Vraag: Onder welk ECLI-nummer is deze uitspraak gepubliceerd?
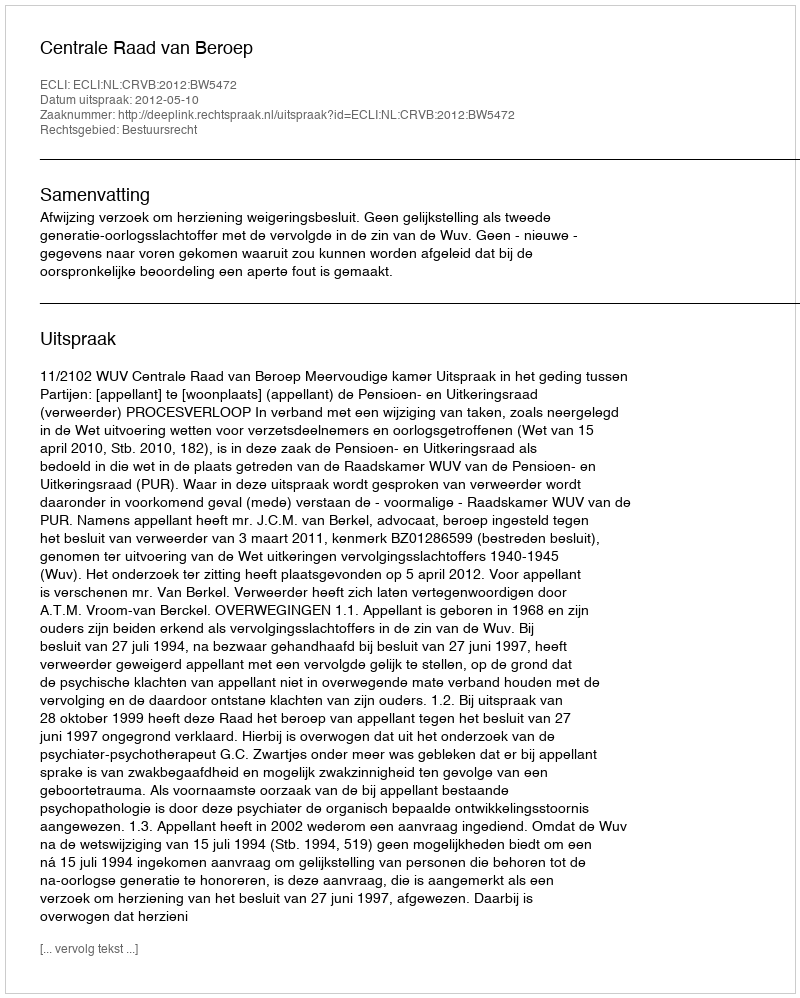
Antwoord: ECLI:NL:CRVB:2012:BW5472